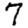
Digit: 7